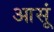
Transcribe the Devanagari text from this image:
आसूं